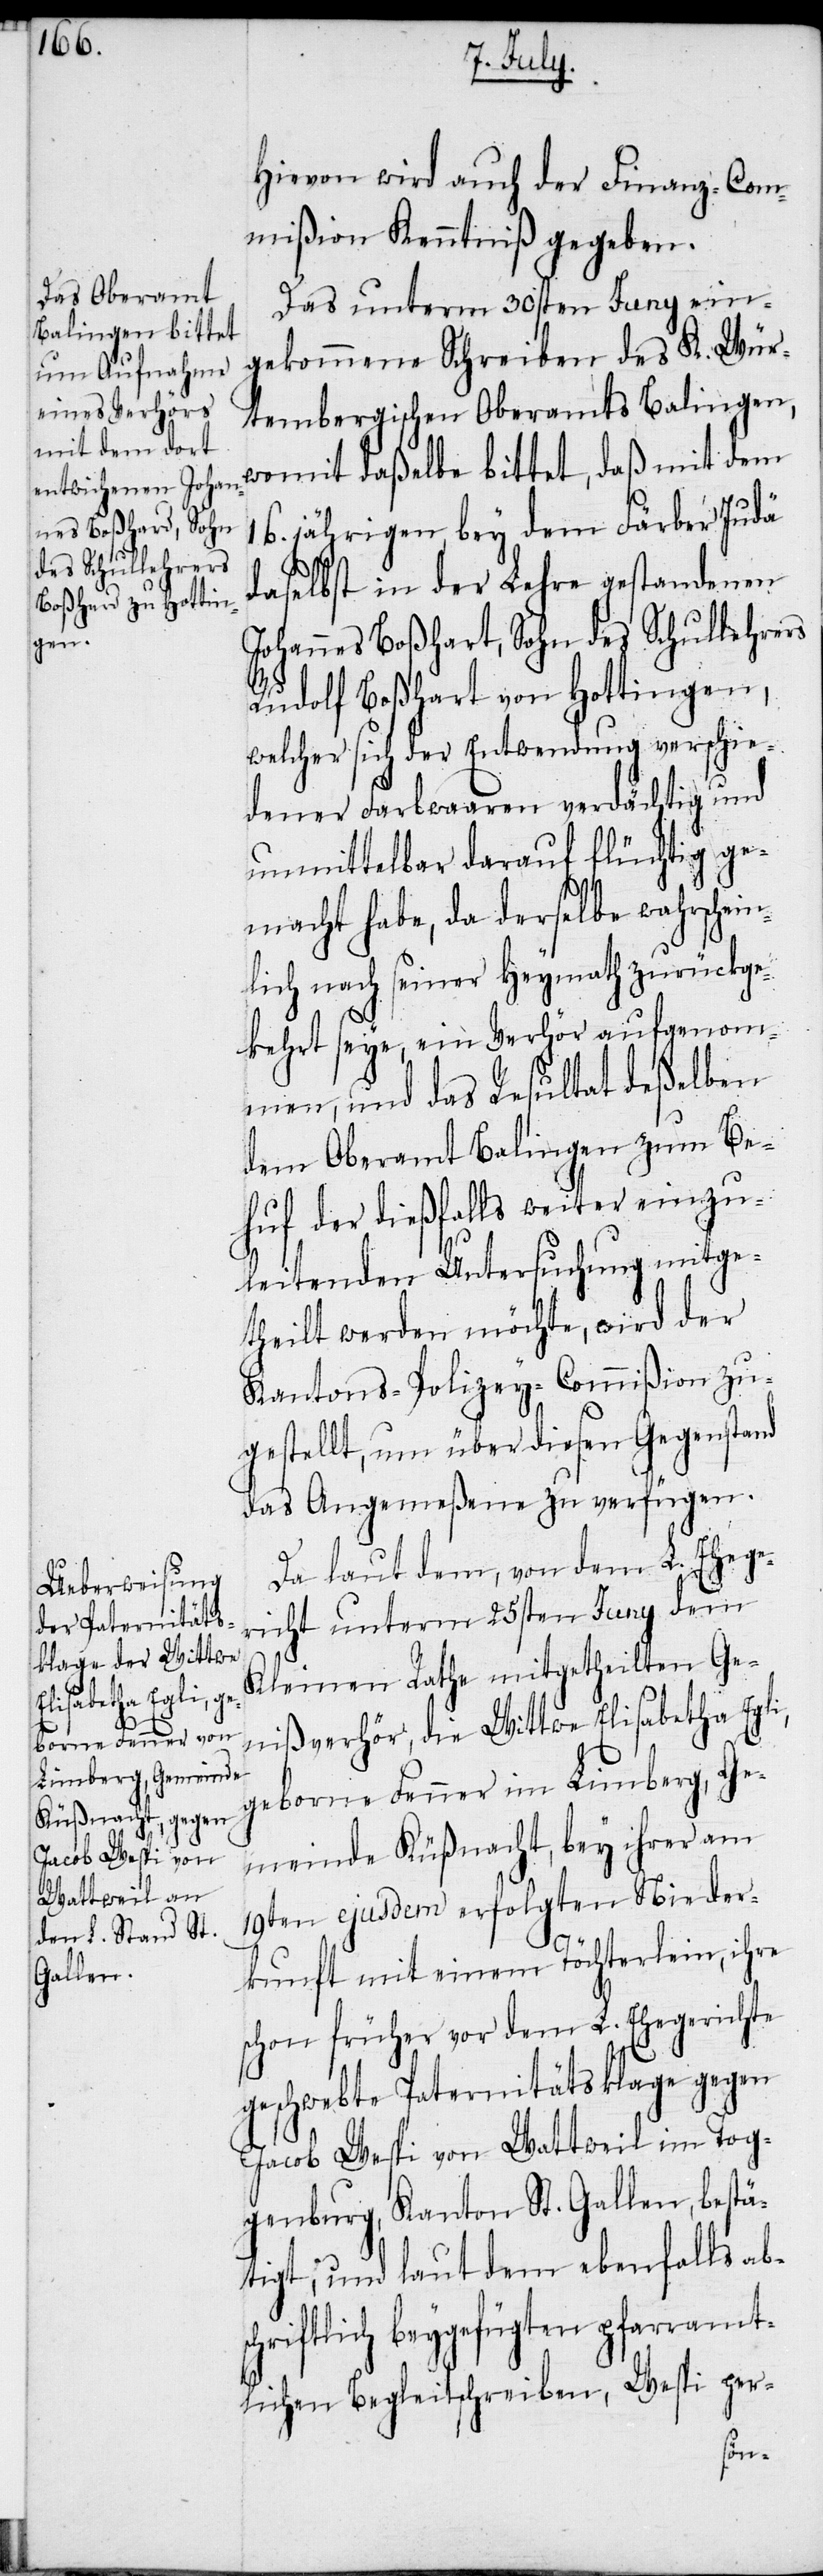
des Schullehrers

Hievon wird auch der Finanz-Com¬
mißion Kenntniß gegeben.
Das unterm 30sten Juny ein¬
gekommene Schreiben des K. Wür¬
tembergischen Oberamts Balingen,
womit daßelbe bittet, daß mit dem
16. jährigen, bey dem Färber Judä
daselbst in der Lehre gestandenen
Rudolf Boßhart von Hottingen,
welcher sich der Entwendung verschie¬
dener Farbwaaren verdächtig und
unmittelbar darauf flüchtig ge¬
macht habe, da derselbe wahrschein¬
lich nach seiner Heymath zurückge¬
kehrt seye, ein Verhör aufgenom¬
men, und das Resultat deßelben
dem Oberamt Balingen zum Be¬
huf der dießfalls weiter einzu¬
leitenden Untersuchung mitge¬
theilt werden möchte, wird der
Kantons-Polizey-Commißion zu¬
gestellt, um über diesen Gegenstand
das Angemeßene zu verfügen.
Da laut dem, von dem L. Ehege¬
richt unterm 25sten Juny dem
Kleinen Rathe mitgetheilten Ge¬
nißverhör, die Wittwe Elisabetha Egli,
geborne Fenner im Limberg, Ge¬
meinde Küßnacht, bey ihrer am
19ten ejusdem erfolgten Nieder¬
kunft mit einem Töchterlein, ihre
schon früher vor dem L. Ehegerichte
geschwebte Paternitätsklage gegen
Jacob Wespi von Wattweil im Tog¬
genburg, Kanton St. Gallen, bestä¬
tigt, und laut dem ebenfalls abs¬
chriftlich beygefügten pfarramt¬
lichen Begleitschreiben, Wespi per-